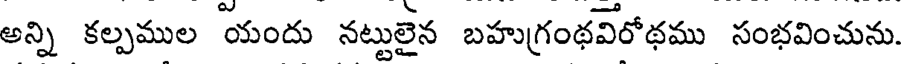
అన్ని కల్పముల యందు నట్టులైన బహుగ్రంథవిరోథము సంభవించును.